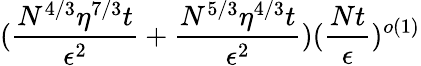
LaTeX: (\frac{N^{4/3}\eta^{7/3}t}{\epsilon^{2}}+\frac{N^{5/3}\eta^{4/3}t}{\epsilon^{2}})(\frac{Nt}{\epsilon})^{o(1)}